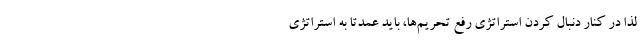
لذا در کنار دنبال کردن استراتژی رفع تحریم‌ها، باید عمدتاً به استراتژی